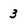
Character: 3